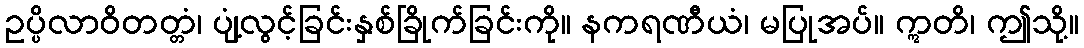
ဥပ္ပိလာဝိတတ္တံ၊ ပျံ့လွင့်ခြင်းနှစ်ခြိုက်ခြင်းကို။ နကရဏီယံ၊ မပြုအပ်။ ဣတိ၊ ဤသို့။